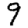
Digit: 9